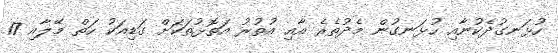
ހުޅަނގުދެކުނާއި ހުޅަނގުން މެދުތެރެ އާއި އުތުރު އަތޮޅުތަކަށް ގަޑިއަކު ހަތް މޭލާއި 17